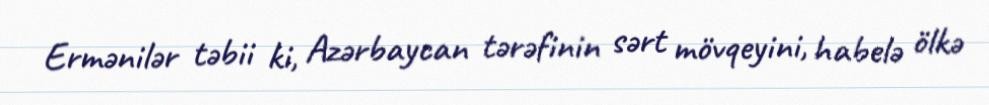
Ermənilər təbii ki, Azərbaycan tərəfinin sərt mövqeyini, habelə ölkə